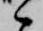
々